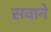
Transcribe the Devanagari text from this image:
सवाने